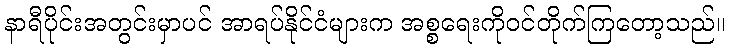
နာရီပိုင်းအတွင်းမှာပင် အာရပ်နိုင်ငံများက အစ္စရေးကိုဝင်တိုက်ကြတော့သည်။